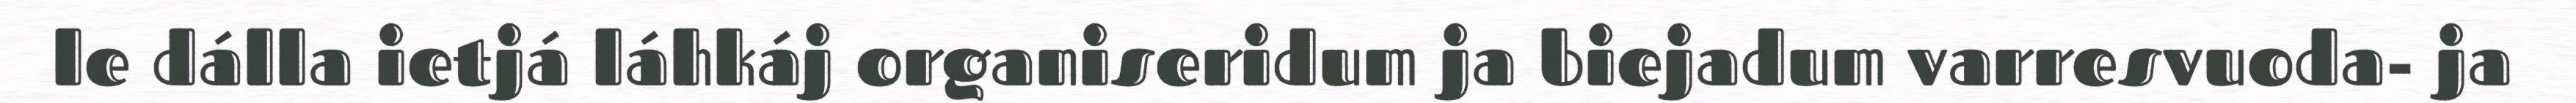
le dálla ietjá láhkáj organiseridum ja biejadum varresvuoda- ja